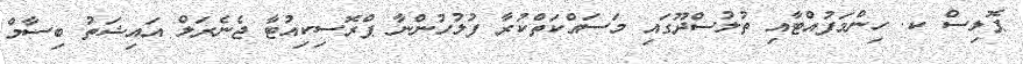
ޕޮލިސް ކ. ހިންމަފުއްޓާއި ތުލުސްދޫގައި މަސައްކަތްކުރާ ފުލުހުންނާ ޕްރޮސިކިއުޓާ ޖެނެރަލް އައިޝަތު ބިސާމް